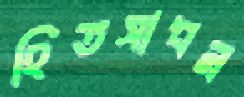
হিতসাধন